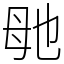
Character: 毑